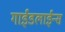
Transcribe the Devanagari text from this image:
गाईडलाईन्स